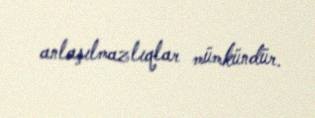
anlaşılmazlıqlar mümkündür.